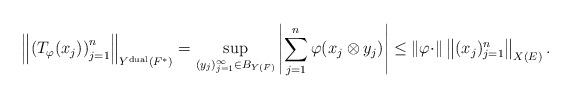
LaTeX: \begin{align*}\left\|\left( T_{\varphi}(x_{j})\right)_{j=1}^{n} \right\|_{Y^{\rm dual}(F^*)} = \sup_{(y_{j})_{j=1}^{\infty}\in B_{Y(F)}}\left|\sum_{j=1}^{n}\varphi(x_{j}\otimes y_{j})\right|\leq \left\|\varphi \cdot \right\|\left\|(x_{j})_{j=1}^{n} \right\|_{X(E)}.\end{align*}